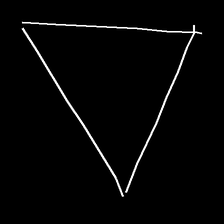
Glyph: convergence